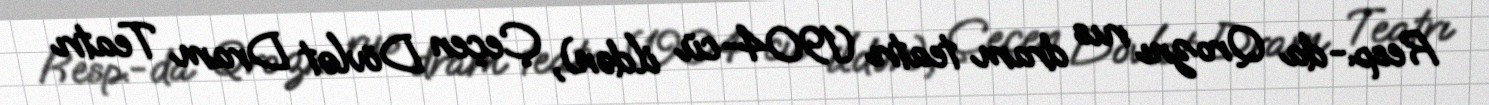
Resp.-da Qroznı rus dram teatrı (1904-cü ildən), Çeçen Dövlət Dram Teatrı